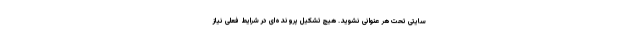
سایتی تحت هر عنوانی نشوید. هیچ تشکیل پرونده‌ای در شرایط فعلی نیاز